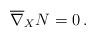
LaTeX: \begin{align*} \overline{\nabla}_{X}N = 0\, .\end{align*}